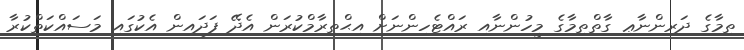
ތިމާގެ ދަރިންނާޢި ގާތްތިމާގެ މީހުންނާއި ރައްޓެހިންނަށް އިޙްތިރާމްކުރަން އެދޭ ފަދައިން އެކުގައި މަސައްކަތްކުރާ